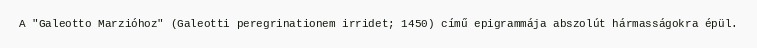
A "Galeotto Marzióhoz" (Galeotti peregrinationem irridet; 1450) című epigrammája abszolút hármasságokra épül.